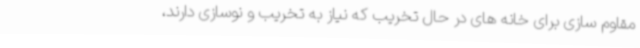
مقاوم سازی برای خانه های در حال تخریب که نیاز به تخریب و نوسازی دارند،